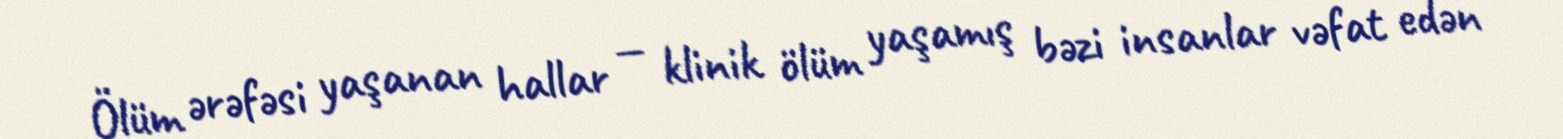
Ölüm ərəfəsi yaşanan hallar — klinik ölüm yaşamış bəzi insanlar vəfat edən